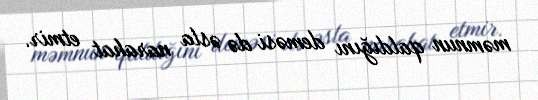
məmnun qaldığını deməsi də əsla narahat etmir.